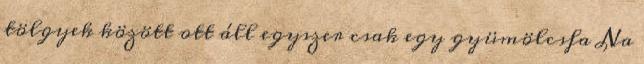
tölgyek között ott áll egyszer csak egy gyümölcsfa Na